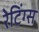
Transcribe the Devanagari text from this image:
रेटिंग्‍स